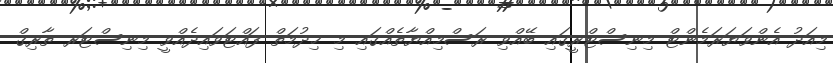
މިއަދު އެންވަޔަރަމެންޓް މިނިސްޓްރީގައި ބޭއްވި ރަސްމިއްޔާތެއްގައި މި ޚިދުމަތް ފައްޓަވައިދެއްވީ މިނިސްޓަރ ތާރިޤް